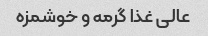
عالی غذا گرمه و خوشمزه